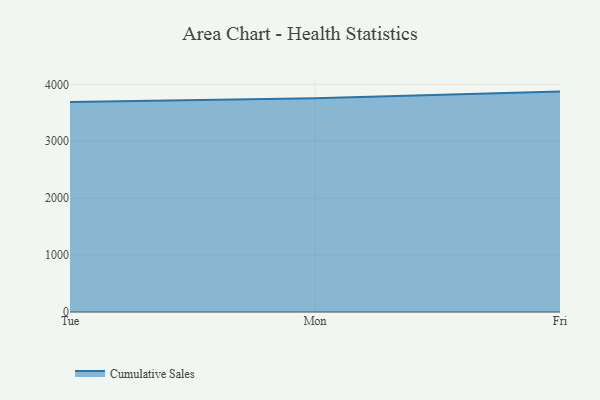
{"axis": {"x": "Day", "y": "Market Share (%)"}, "legend": ["Cumulative Sales"], "data": [{"x": "Tue", "y": 3687.9, "type": "Cumulative Sales"}, {"x": "Mon", "y": 3755.7, "type": "Cumulative Sales"}, {"x": "Fri", "y": 3871.8, "type": "Cumulative Sales"}]}